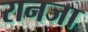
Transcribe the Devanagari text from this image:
रानजा